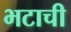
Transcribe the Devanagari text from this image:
भटाची